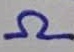
Text: Ω